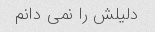
دلیلش را نمی دانم